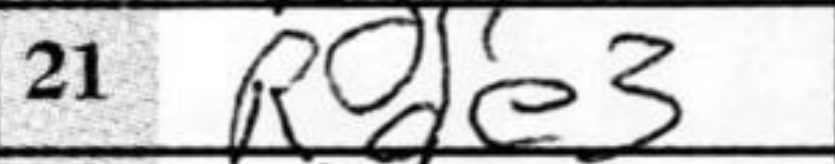
Transcription: Rde3